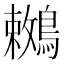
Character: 𪅙